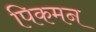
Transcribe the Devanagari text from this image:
पिकमन